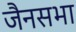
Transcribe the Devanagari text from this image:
जैनसभा